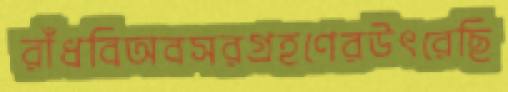
রাঁধবিঅবসরগ্রহণেরউৎরেছি